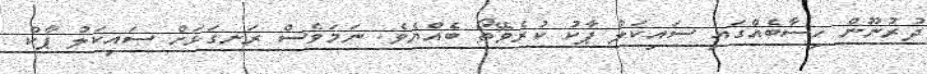
ދުރުނޫން ހިސާބެއްގައި ސައިކަލު ޕާކު ކުރެވޭތޯ ބެއްޔެވެ. ނަމަވެސް ރަނގަޅަށް ސައިކަލު ޕާކް